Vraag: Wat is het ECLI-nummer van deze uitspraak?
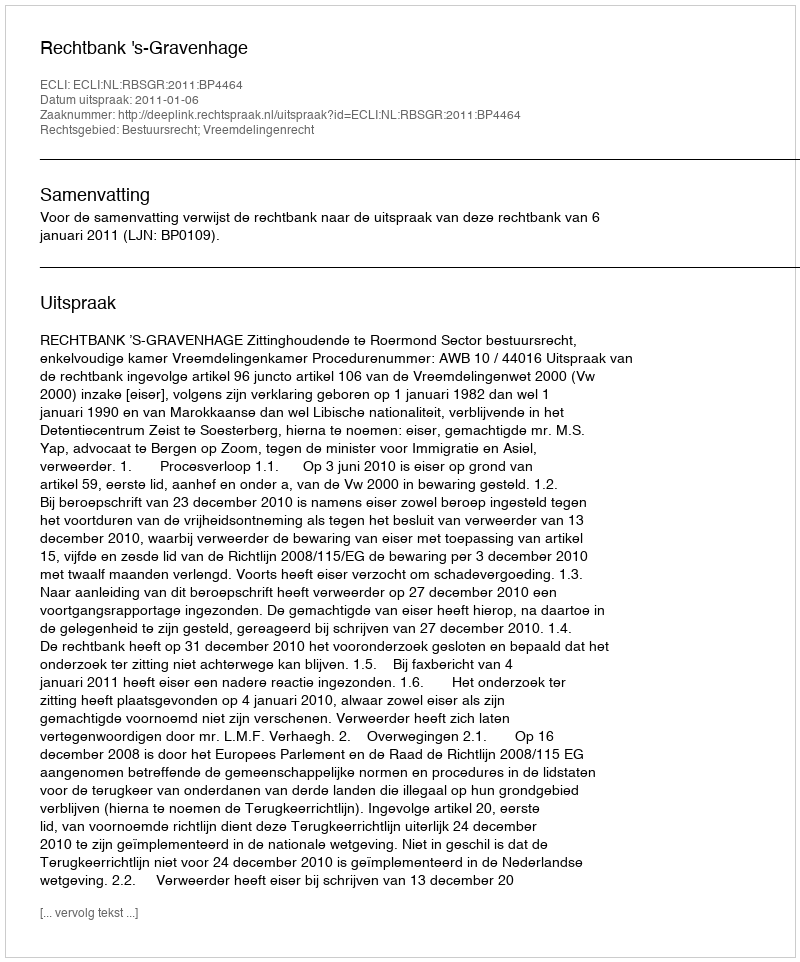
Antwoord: ECLI:NL:RBSGR:2011:BP4464